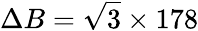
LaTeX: \Delta B=\sqrt{3}\times 178